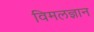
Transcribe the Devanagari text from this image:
विमलज्ञान